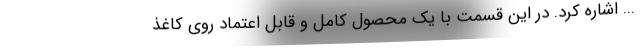
... اشاره کرد. در این قسمت با یک محصول کامل و قابل اعتماد روی کاغذ